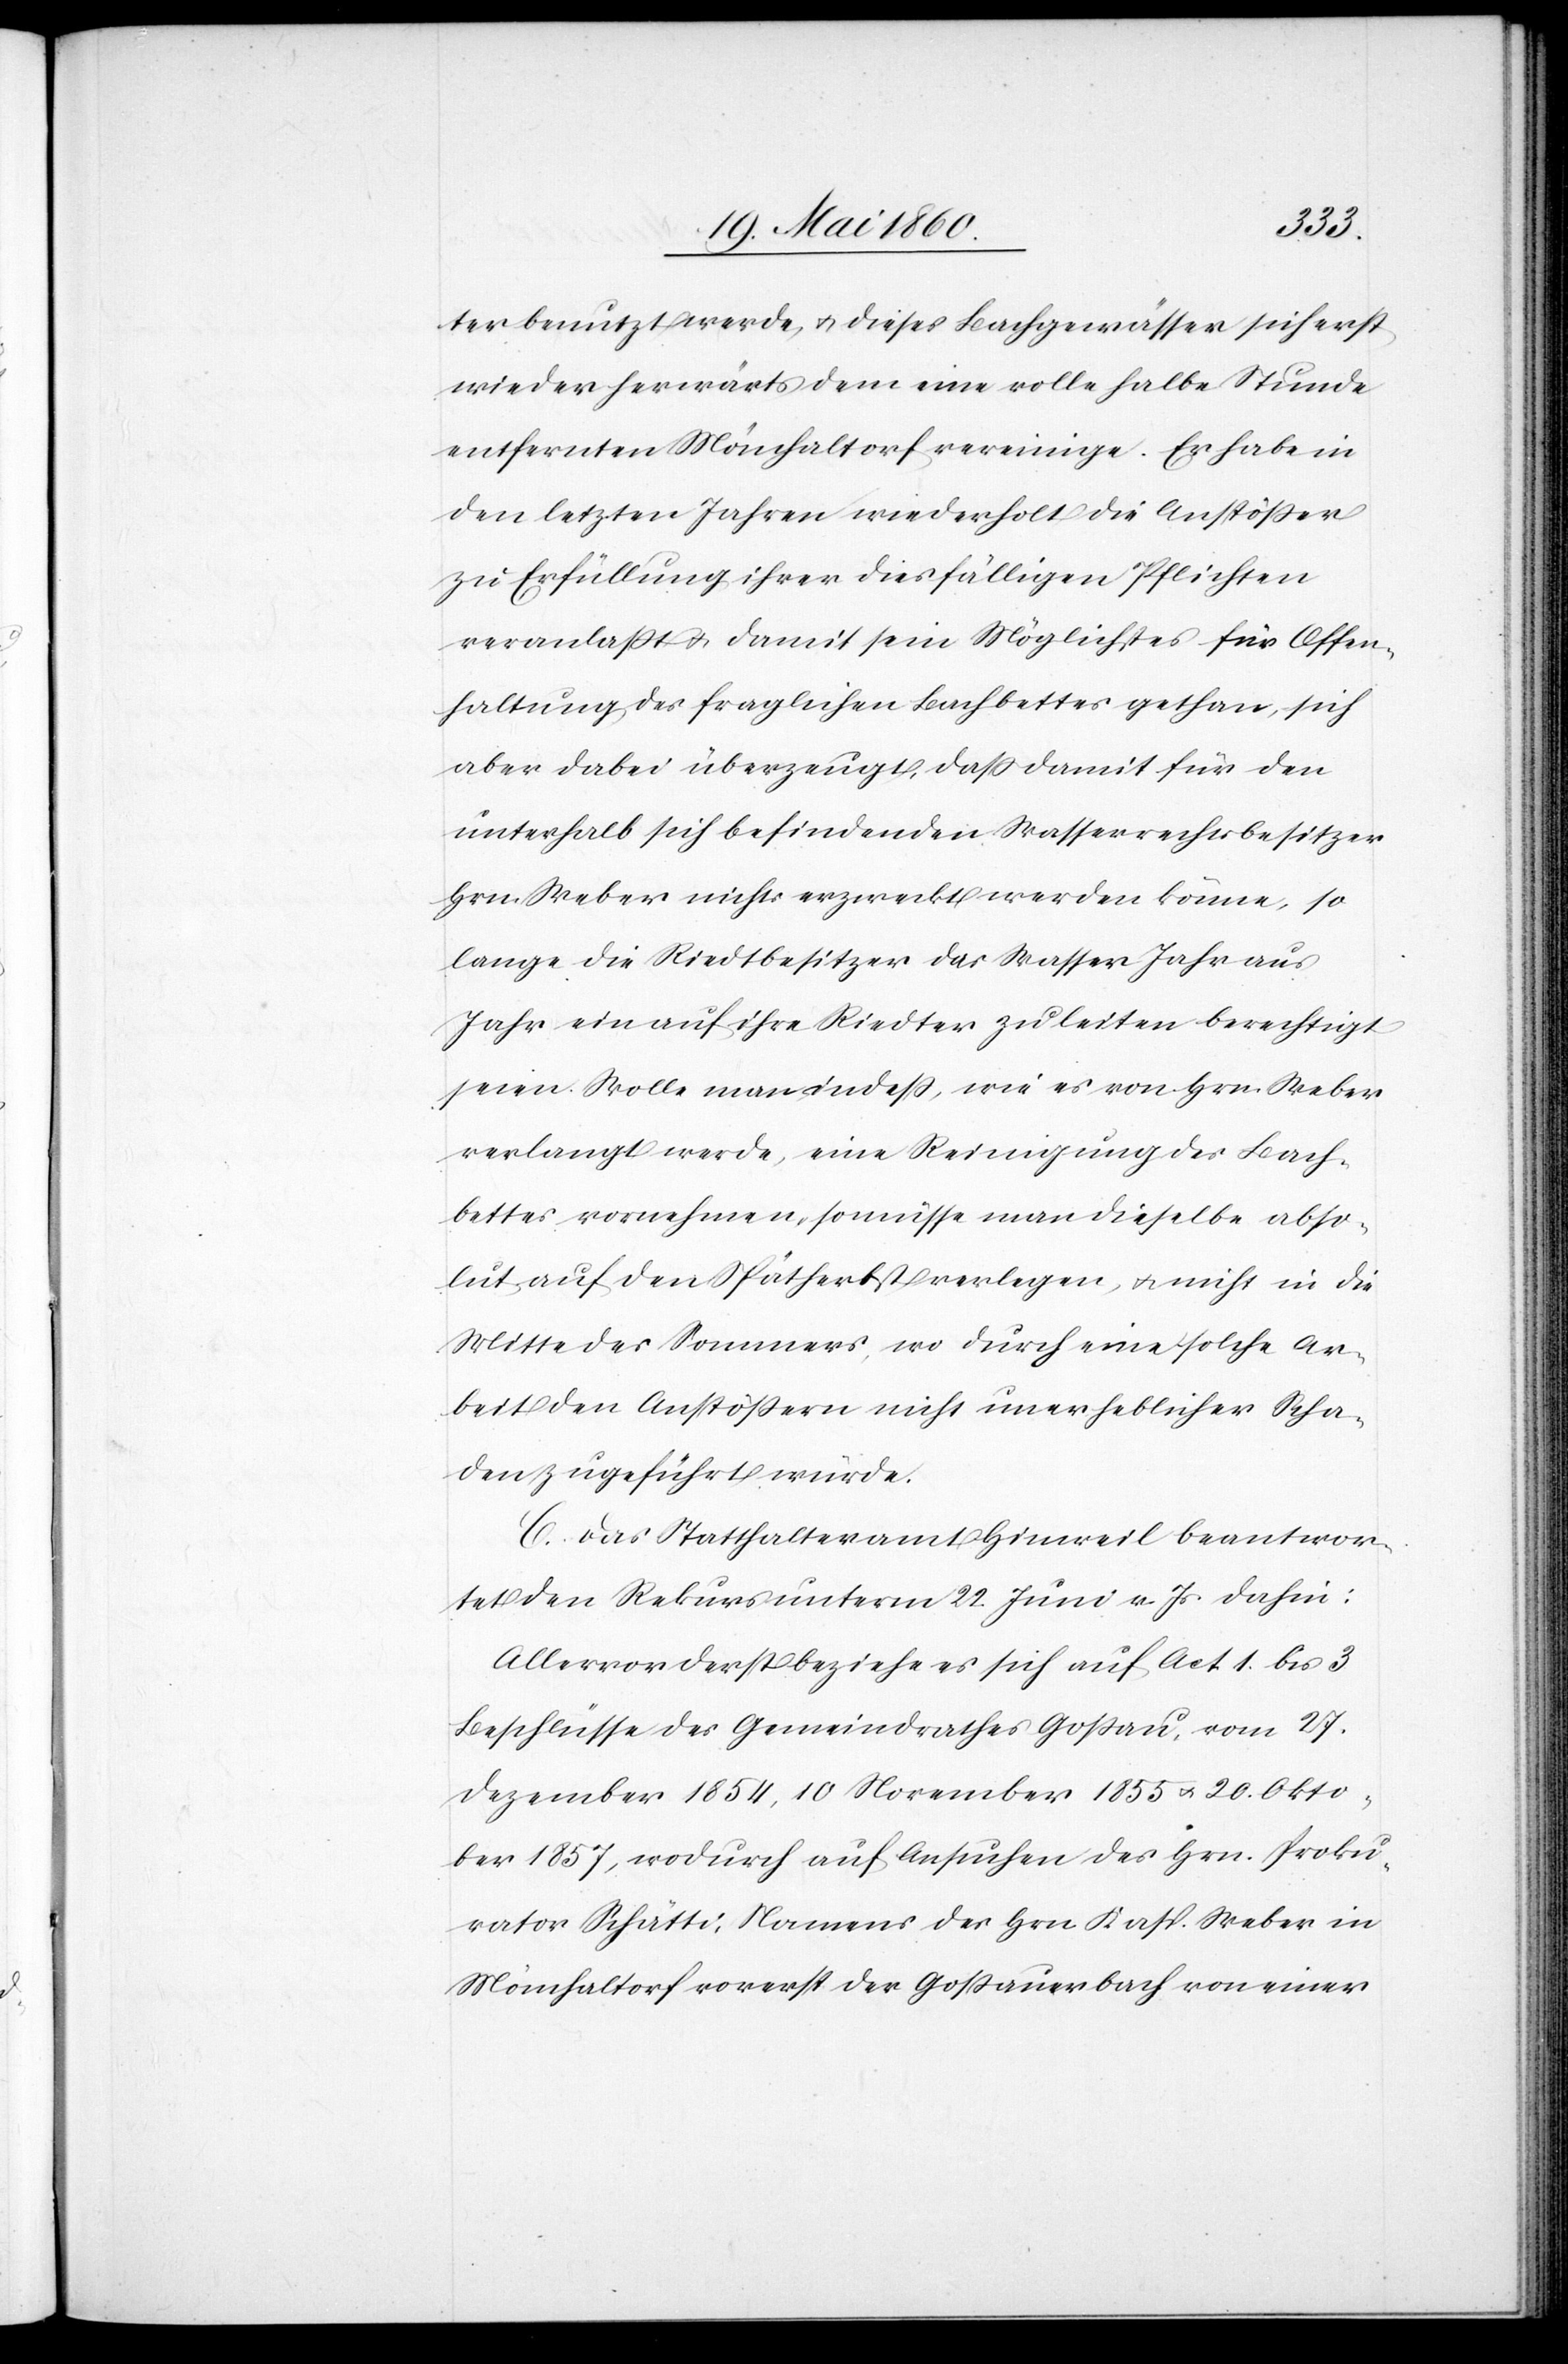
ter benutzt werde, u. dieses Bachgewässer sich erst
wieder herwärts dem eine volle halbe Stunde
entfernen Mönchaltorf vereinige. Er habe in
den letzten Jahren wiederholt die Anstößer
zu Erfüllung ihrer diesfälligen Pflichten
veranlasst u. damit sein Möglichstes für Offen¬
haltung des fraglichen Bachbettes gethan, sich
aber dabei überzeugt, dass damit für den
unterhalb sich befindenden Wasserrechtsbesitzer
Hrn. Weber nichts erzweckt werden könne, so
lang die Riedbesitzer das Wasser Jahr aus
Jahr ein auf ihre Riedter zu leiten berechtigt
seien. Wolle man indess, wie es von Hrn. Weber
verlangt werde, eine Reinigung des Bach¬
bettes vornehmen, so müsse man dieselbe abso¬
lut auf den Spätherbst verlegen, u. nicht in die
Mitte des Sommers, wo durch eine solche Ar¬
beit den Anstössern nicht unerheblicher Scha¬
den zugeführt würde.
C. Das Statthalteramt Hinweil beantwor¬
tet den Rekurs unterm 22. Juni v. Js. dahin:
Allervorderst beziehe es sich auf Act 1 bis 3
Beschlüsse des Gemeindrathes Gossau, vom 27.
Dezember 1854, 10 November 1855 u. 20. Okto¬
ber 1857, wodurch auf Ansuchen des Hrn. Proku¬
rator Schätti, Namens des Herrn Kasp. Weber in
Mönchaltorf vorerst der Gossauerbach von einer